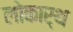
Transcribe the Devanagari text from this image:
लोकार्थ